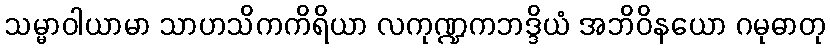
သမ္မာဝါယာမာ သာဟသိကကိရိယာ လကုဏ္ဍကဘဒ္ဒိယံ အဘိဝိနယော ဂမုဓာတု